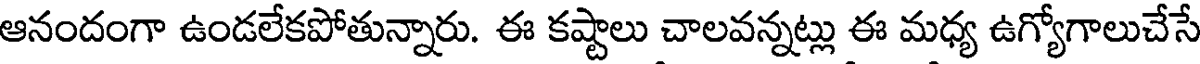
ఆనందంగా ఉండలేకపోతున్నారు. ఈ కష్టాలు చాలవన్నట్లు ఈ మధ్య ఉగ్యోగాలుచేసే